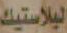
البلاستيك